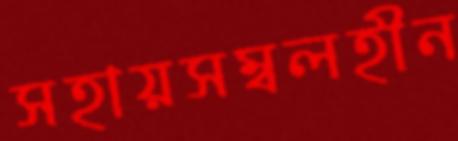
সহায়সম্বলহীন